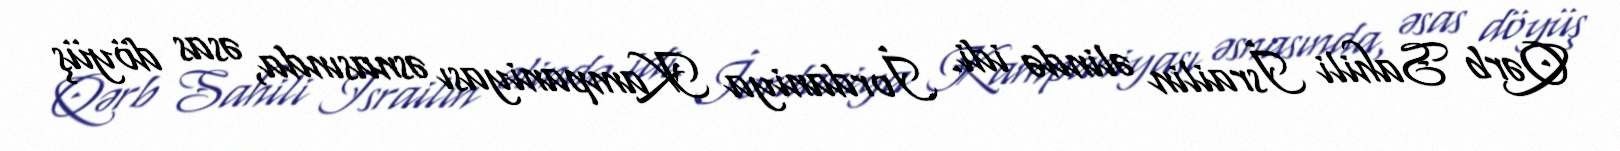
Qərb Sahili İsrailin əlində idi. İordaniya Kampaniyası əsnasında, əsas döyüş